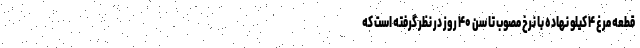
قطعه مرغ ۴ کیلو نهاده با نرخ مصوب تا سن ۴۰ روز در نظر گرفته است که